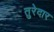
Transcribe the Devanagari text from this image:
तुरेदार